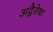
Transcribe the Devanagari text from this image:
अद्वैतेषा